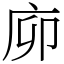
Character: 㡻